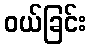
ဝယ်ခြင်း